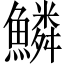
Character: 鱗